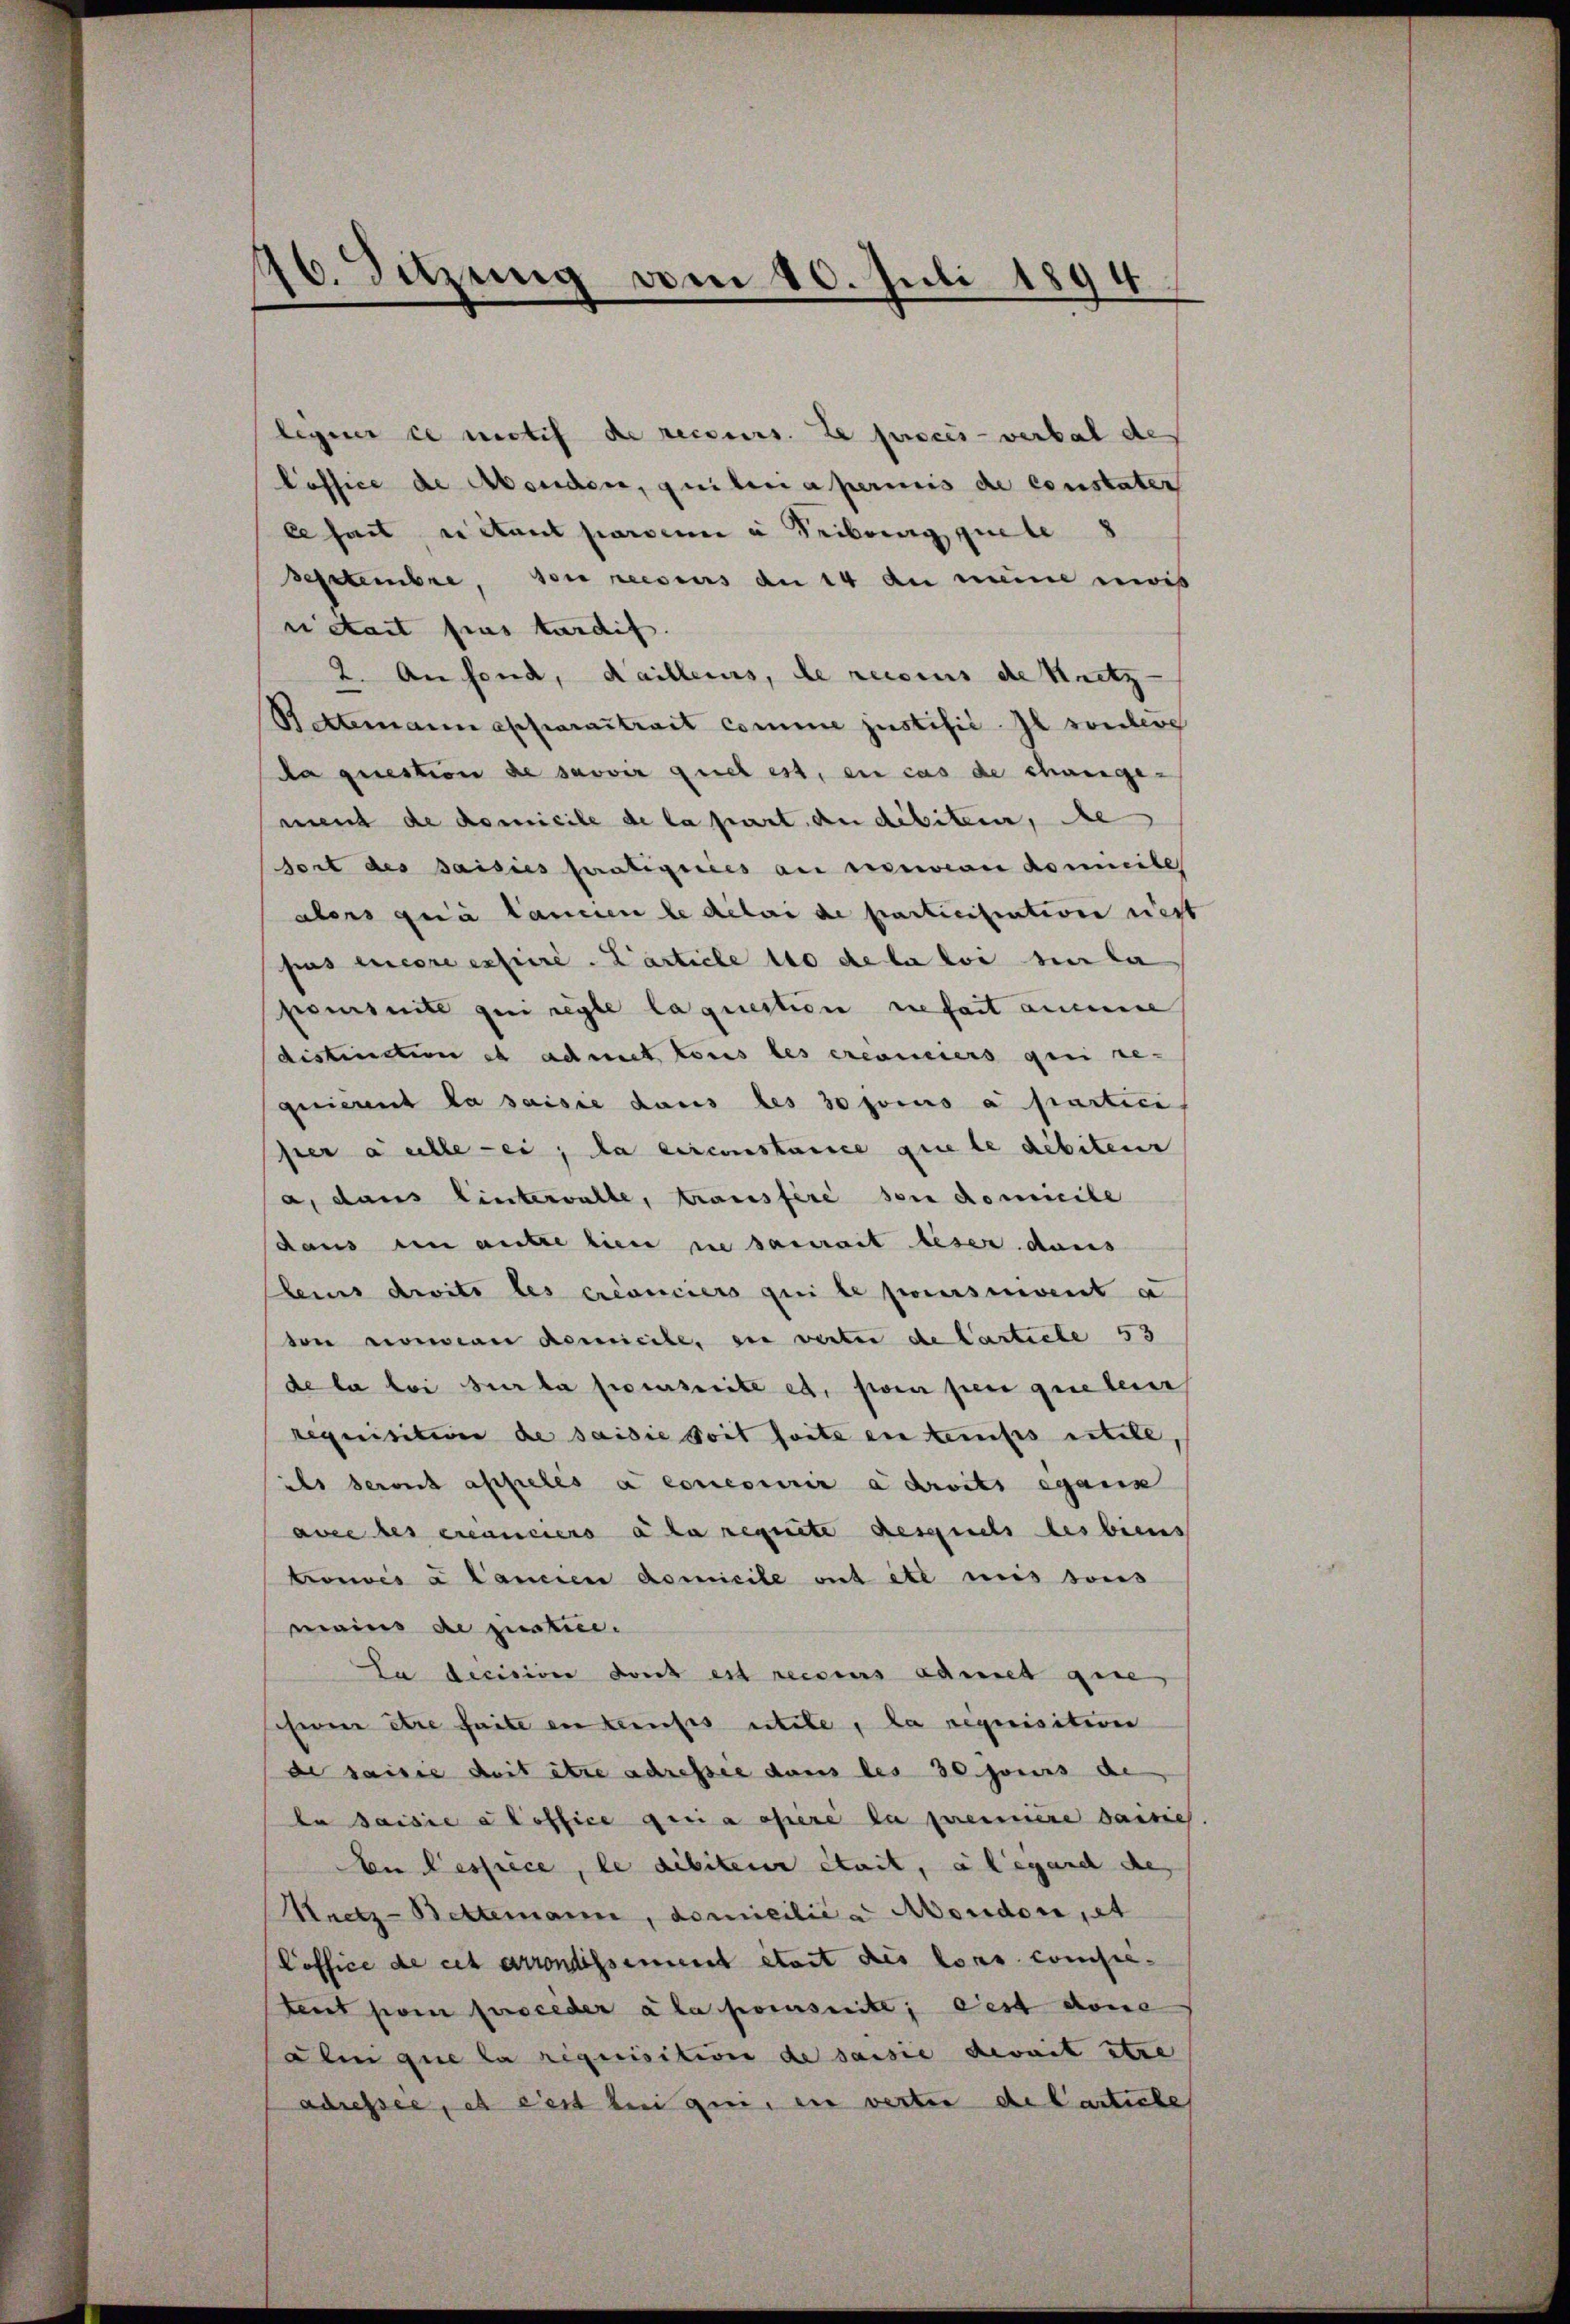
16. Sitzung vom 10. Juli 1894.

legner ce mitif de recours. Le procès-verbal de
loffice de Abendere, quitaria perinis de constater
le hat dictant paren u Reibung quite 8
Septembre von reesius an 14 du meine zwis
riétait fins tardif.
2. Aufend, Kailleurs, de reisius de Knetz
Beemann apparattrait comme justific. Il sonder
da question de savoir quel est, ein cas de change-
ment de domicile de la part an disiten, de
fort des saisies pratiquies an servion domicile
alers quia landen le délai de particitation rest
pus encore essiere. Larticle 110 de la loi sie la
pensuite gen regle laquestion zefait aucune
distinction et admet tous les ereometers qui re-
quierent la saisie daus des 30 jouis à partici
pier a alle ei, da circonstance que le débiten
a, dans lintervalle, transféré son domicile
daus in autre lien sie saurait leser daus
fleis droits les créanciers qui le poursuivent a
von Loewian Remicile, zu verte de Carticle 53
de la loi sur la prescrite es, pom per geretener
requisition de saisie soit faite en teufes utile,
ils seront appelés à concourir a droits egann
ace des créanciers à la regnete desquels des biens
trouvés à lanien domicile ont été mis sons
mains de justice.
La decision dont est recsens admet gese
cheen être faite in Laufes utile, la requisition
de saisie doit être adressie dans les 30 jours de
ta saisie aloffice qui a osiere la prennere saisie
An Cessiece, le débiteur était, a legard des
Meetz-Bettemann, domicilie a Menden et
Poffice de cet arrondissement était des lors compe-
tent poi proceder a la possnite; dest done
alui que la requisitive de saisie devait stre
adressée, et lest bei qui, ein verter de Cartiche